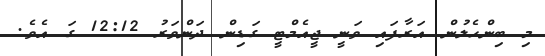
މި ބިންހެލުން އަރާފައި ވަނީ ޖީއެމްޓީ ގަޑިން ދަންވަރު 12:12 ގަ އެވެ.